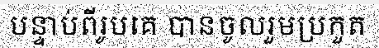
បន្ទាប់ពីរូបគេ បានចូលរួមប្រកួត